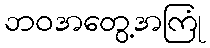
ဘဝအတွေ့အကြုံ